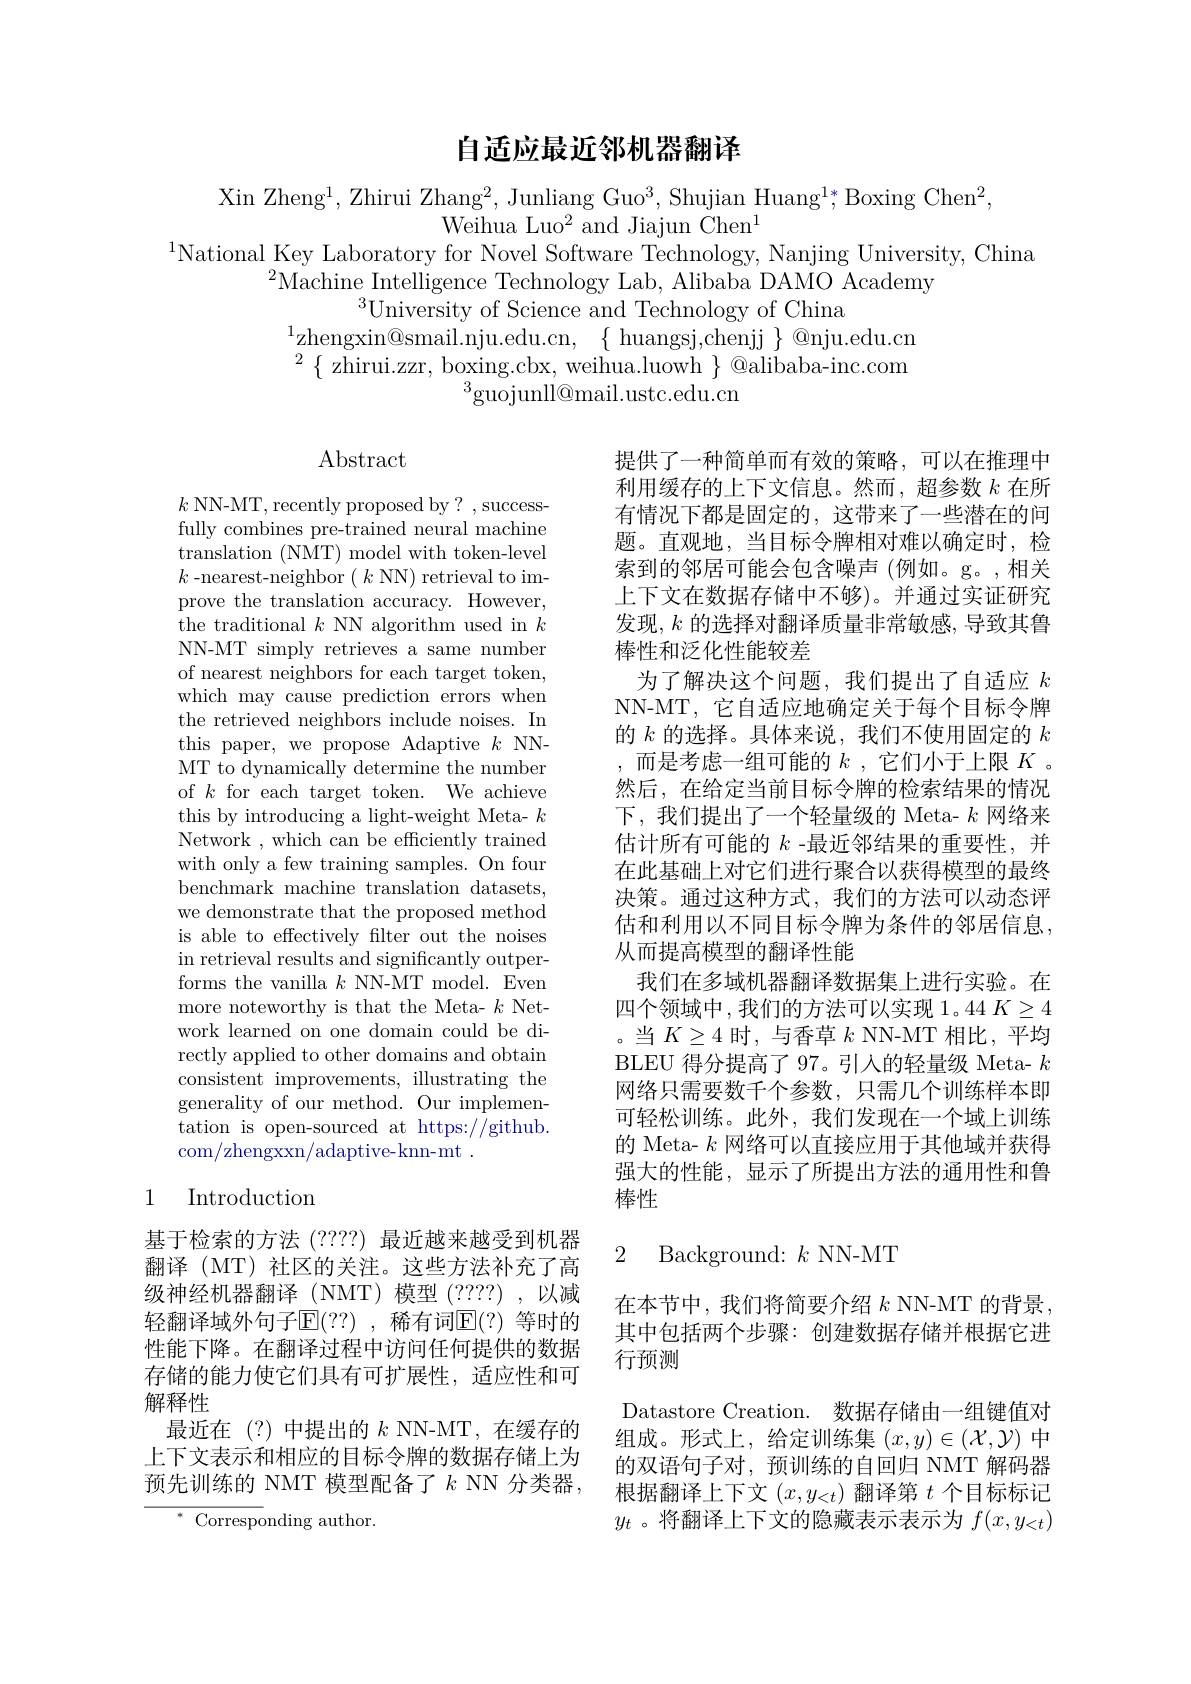
## 自适应最近邻机器翻译

Xin Zheng$^1$,Zhirui Zhang$^2$,Junliang Guo$^3$,Shujian Huang$^1*;$Boxing Chen$^2$
Weihua Luo$^2$ and Jiajun Chen$^1$
$^{1}$National Key Laboratory for Novel Software Technology, Nanjing University, China

$^{2}$Machine Intelligence Technology Lab, Alibaba DAMO Academy
$^{3}$University of Science and Technology of China
$^{1}$zhengxin@smail.nju.edu.cn, $\{$huangsj,chenjj $\}$@nju.edu.cn $^{2}\{$zhirui.zzr, boxing.cbx, weihua.luowh $\}$ @alibaba-inc.com
$^{3}\bar{\text{guojunll@mail.ustc.edu.cn}}$

# Abstract

$k$ NN-MT, recently proposed by? , successfully combines pre-trained neural machine translation ( NMT) model with token- level $k$-nearest-neighbor$( \textit{k NN) retrieval to im- }$ prove the translation accuracy. However, the traditional $k$ NN algorithm used in $k$ NN-MT simply retrieves a same number of nearest neighbors for each target token, which may cause prediction errors when the retrieved neighbors include noises. In this paper, we propose Adaptive $k$ NNMT to dynamically determine the number of $k$ for each target token. We achieve this by introducing a light-weight Meta- $k$ Network , which can be efficiently trained with only a few training samples. On four benchmark machine translation datasets, we demonstrate that the proposed method is able to effectively filter out the noises in retrieval results and significantly outperforms the vanilla $k$ NN-MT model. Even more noteworthy is that the Meta- $k$ Network learned on one domain could be directly applied to other domains and obtain consistent improvements, illustrating the generality of our method. Our implementation is open-sourced at https://github. com/zhengxxn/adaptive-knn-mt~.

提供了一种简单而有效的策略，可以在推理中利用缓存的上下文信息。然而，超参数$k$在所有情况下都是固定的，这带来了一些潜在的问题。直观地，当目标令牌相对难以确定时，检索到的邻居可能会包含噪声 (例如。g。,相关上下文在数据存储中不够)。并通过实证研究发现$,k$ 的选择对翻译质量非常敏感，导致其鲁棒性和泛化性能较差
为了解决这个问题，我们提出了自适应$k$ NN-MT,它自适应地确定关于每个目标令牌的$k$的选择。具体来说，我们不使用固定的$k$ ,而是考虑一组可能的$k$,它们小于上限$K$ 。然后，在给定当前目标令牌的检索结果的情况下，我们提出了一个轻量级的 Meta- $k$网络来估计所有可能的$k$ -最近邻结果的重要性，并在此基础上对它们进行聚合以获得模型的最终决策。通过这种方式，我们的方法可以动态评估和利用以不同目标令牌为条件的邻居信息， 从而提高模型的翻译性能
我们在多域机器翻译数据集上进行实验。在四个领域中，我们的方法可以实现1。44 $K\geq4$ 。当$K\geq4$时，与香草$k$ NN-MT 相比，平均BLEU 得分提高了 97。引入的轻量级 Meta- $k$ 网络只需要数千个参数，只需几个训练样本即可轻松训练。此外，我们发现在一个域上训练的 Meta- $k$网络可以直接应用于其他域并获得强大的性能，显示了所提出方法的通用性和鲁棒性

## 1 Introduction

2 Background:$k$NN-MT

基于检索的方法 (????) 最近越来越受到机器翻译(MT)社区的关注。这些方法补充了高级神经机器翻译(NMT)模型(????),以减轻翻译域外句子$\operatorname{E}(??)$ ,稀有词$\operatorname{E}(?)$ 等时的性能下降。在翻译过程中访问任何提供的数据存储的能力使它们具有可扩展性，适应性和可解释性
最近在(?)中提出的$k$ NN-MT,在缓存的上下文表示和相应的目标令牌的数据存储上为预先训练的 NMT 模型配备了$k$ NN 分类器，
$^*{\mathrm{~Corresponding~author.}}$

在本节中，我们将简要介绍$k$ NN-MT 的背景， 其中包括两个步骤：创建数据存储并根据它进行预测
Datastore Creation. 数据存储由一组键值对组成。形式上，给定训练集$(x,y)\in(\mathcal{X},\mathcal{Y})$中的双语句子对，预训练的自回归 NMT 解码器根据翻译上下文$(x,y_{<t})$翻译第$t$个目标标记$y_t$ 。将翻译上下文的隐藏表示表示为$f(x,y_{<t})$